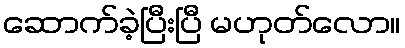
ဆောက်ခဲ့ပြီးပြီ မဟုတ်လော။